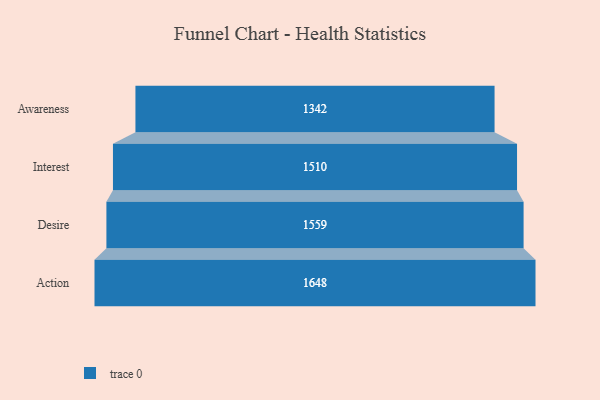
{"axis": {"x": "Stage", "y": "Value"}, "legend": [""], "data": [{"x": "Awareness", "y": 1342.0, "type": ""}, {"x": "Interest", "y": 1510.0, "type": ""}, {"x": "Desire", "y": 1559.0, "type": ""}, {"x": "Action", "y": 1648.0, "type": ""}]}